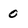
Character: 0